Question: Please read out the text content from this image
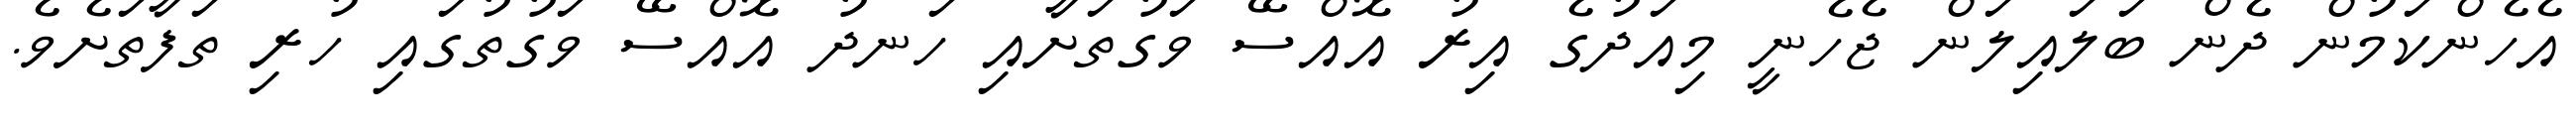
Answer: އެހެންކަމުން ދެން ބަލައިލަން ޖެހެނީ މިއަދުގެ އިރު އޮއްސޭ ވަގުތަށާއި ހަނދު އޮއްސޭ ވަގުތުގައި ހުރި ތަފާތަށެވެ.